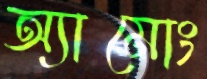
অ্যামোং